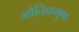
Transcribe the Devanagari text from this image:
भौतिकगुण